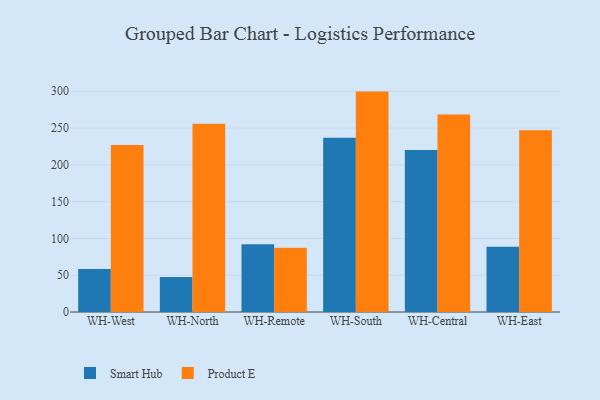
{"axis": {"x": "Warehouse", "y": "Net Income (USD K)"}, "legend": ["Product E", "Smart Hub"], "data": [{"x": "WH-West", "y": 58.3, "type": "Smart Hub"}, {"x": "WH-West", "y": 226.9, "type": "Product E"}, {"x": "WH-North", "y": 47.5, "type": "Smart Hub"}, {"x": "WH-North", "y": 255.7, "type": "Product E"}, {"x": "WH-Remote", "y": 92.0, "type": "Smart Hub"}, {"x": "WH-Remote", "y": 87.3, "type": "Product E"}, {"x": "WH-South", "y": 236.9, "type": "Smart Hub"}, {"x": "WH-South", "y": 299.5, "type": "Product E"}, {"x": "WH-Central", "y": 220.0, "type": "Smart Hub"}, {"x": "WH-Central", "y": 268.5, "type": "Product E"}, {"x": "WH-East", "y": 88.7, "type": "Smart Hub"}, {"x": "WH-East", "y": 247.1, "type": "Product E"}]}